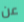
عن